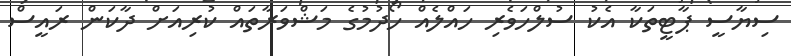
ސިޔާސީ ޕާޓީތަކާ އެކު ސުލްހަވެރި ހައްލެއް ހޯދުމުގެ މަޝްވަރާތައް ކުރިއަށް ދާކަން ރައީސް